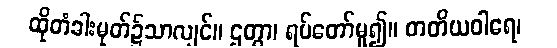
ထိုတံခါးမုတ်၌သာလျှင်။ ဌတွာ၊ ရပ်တော်မူ၍။ တတိယဝါရေ၊